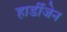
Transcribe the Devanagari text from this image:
हार्डीजेन